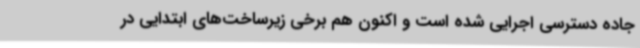
جاده دسترسی اجرایی شده است و اکنون هم برخی زیرساخت‌های ابتدایی در